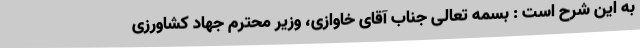
به این شرح است : بسمه تعالی جناب آقای خاوازی، وزیر محترم جهاد کشاورزی